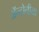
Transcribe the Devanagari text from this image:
ॲन्टोनीया